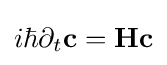
{\textstyle i\hbar \partial _{t}\mathbf {c} =\mathbf {Hc} }